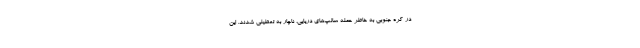
در کره جنوبی به خاطر حمله سالپ‌های دریایی، ناچار به تعطیلی شدند. این